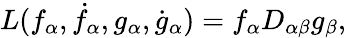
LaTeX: L(f_{\alpha},\dot{f}_{\alpha},g_{\alpha},\dot{g}_{\alpha})=f_{\alpha}D_{\alpha\beta}g_{\beta},